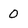
Character: 0